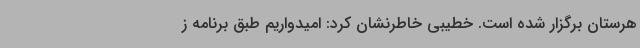
هرستان برگزار شده است. خطیبی خاطرنشان کرد: امیدواریم طبق برنامه ز